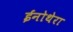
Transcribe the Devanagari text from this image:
ईनोथेरा